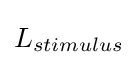
L_{stimulus}